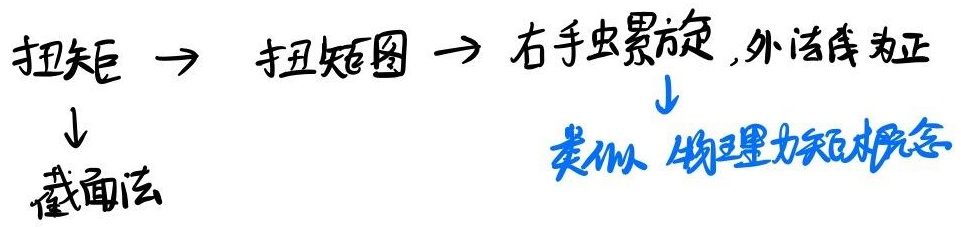
扭矩 $\to$ 扭矩图 $\to$ 右手螺旋，外法线为正
↓截面法↓
类似物理力矩概念